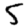
Digit: 5